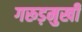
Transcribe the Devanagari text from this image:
गरूड़मुखी